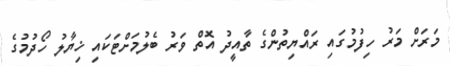
މަރަށް މަރު ހިފުމުގައި ރައްޔިތުންގެ ތާއީދު އޮތް ވަރު ބެލުމަށްޓަކައި ޚިޔާލު ހޯދުމުގެ